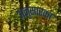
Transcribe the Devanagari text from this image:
अनुसारका